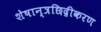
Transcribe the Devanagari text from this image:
शेषान्त्रछिद्रीकरण